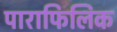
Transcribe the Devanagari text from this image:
पाराफिलिक